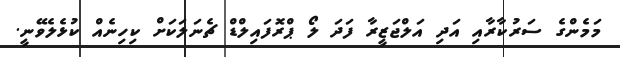
މަމެންގެ ސަރުކާރާއި އަދި އަލްޖަޒީރާ ފަދަ ލޯ ޕްރޮފައިލްޑް ޗެނަލަކަށް ކިހިނެއް ކުޅެލެވޭނީ.